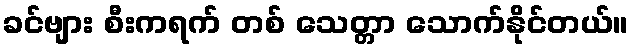
ခင်ဗျား စီးကရက် တစ် သေတ္တာ သောက်နိုင်တယ်။